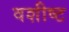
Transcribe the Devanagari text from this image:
वशीष्ट